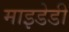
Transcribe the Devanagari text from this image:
माइडेडी